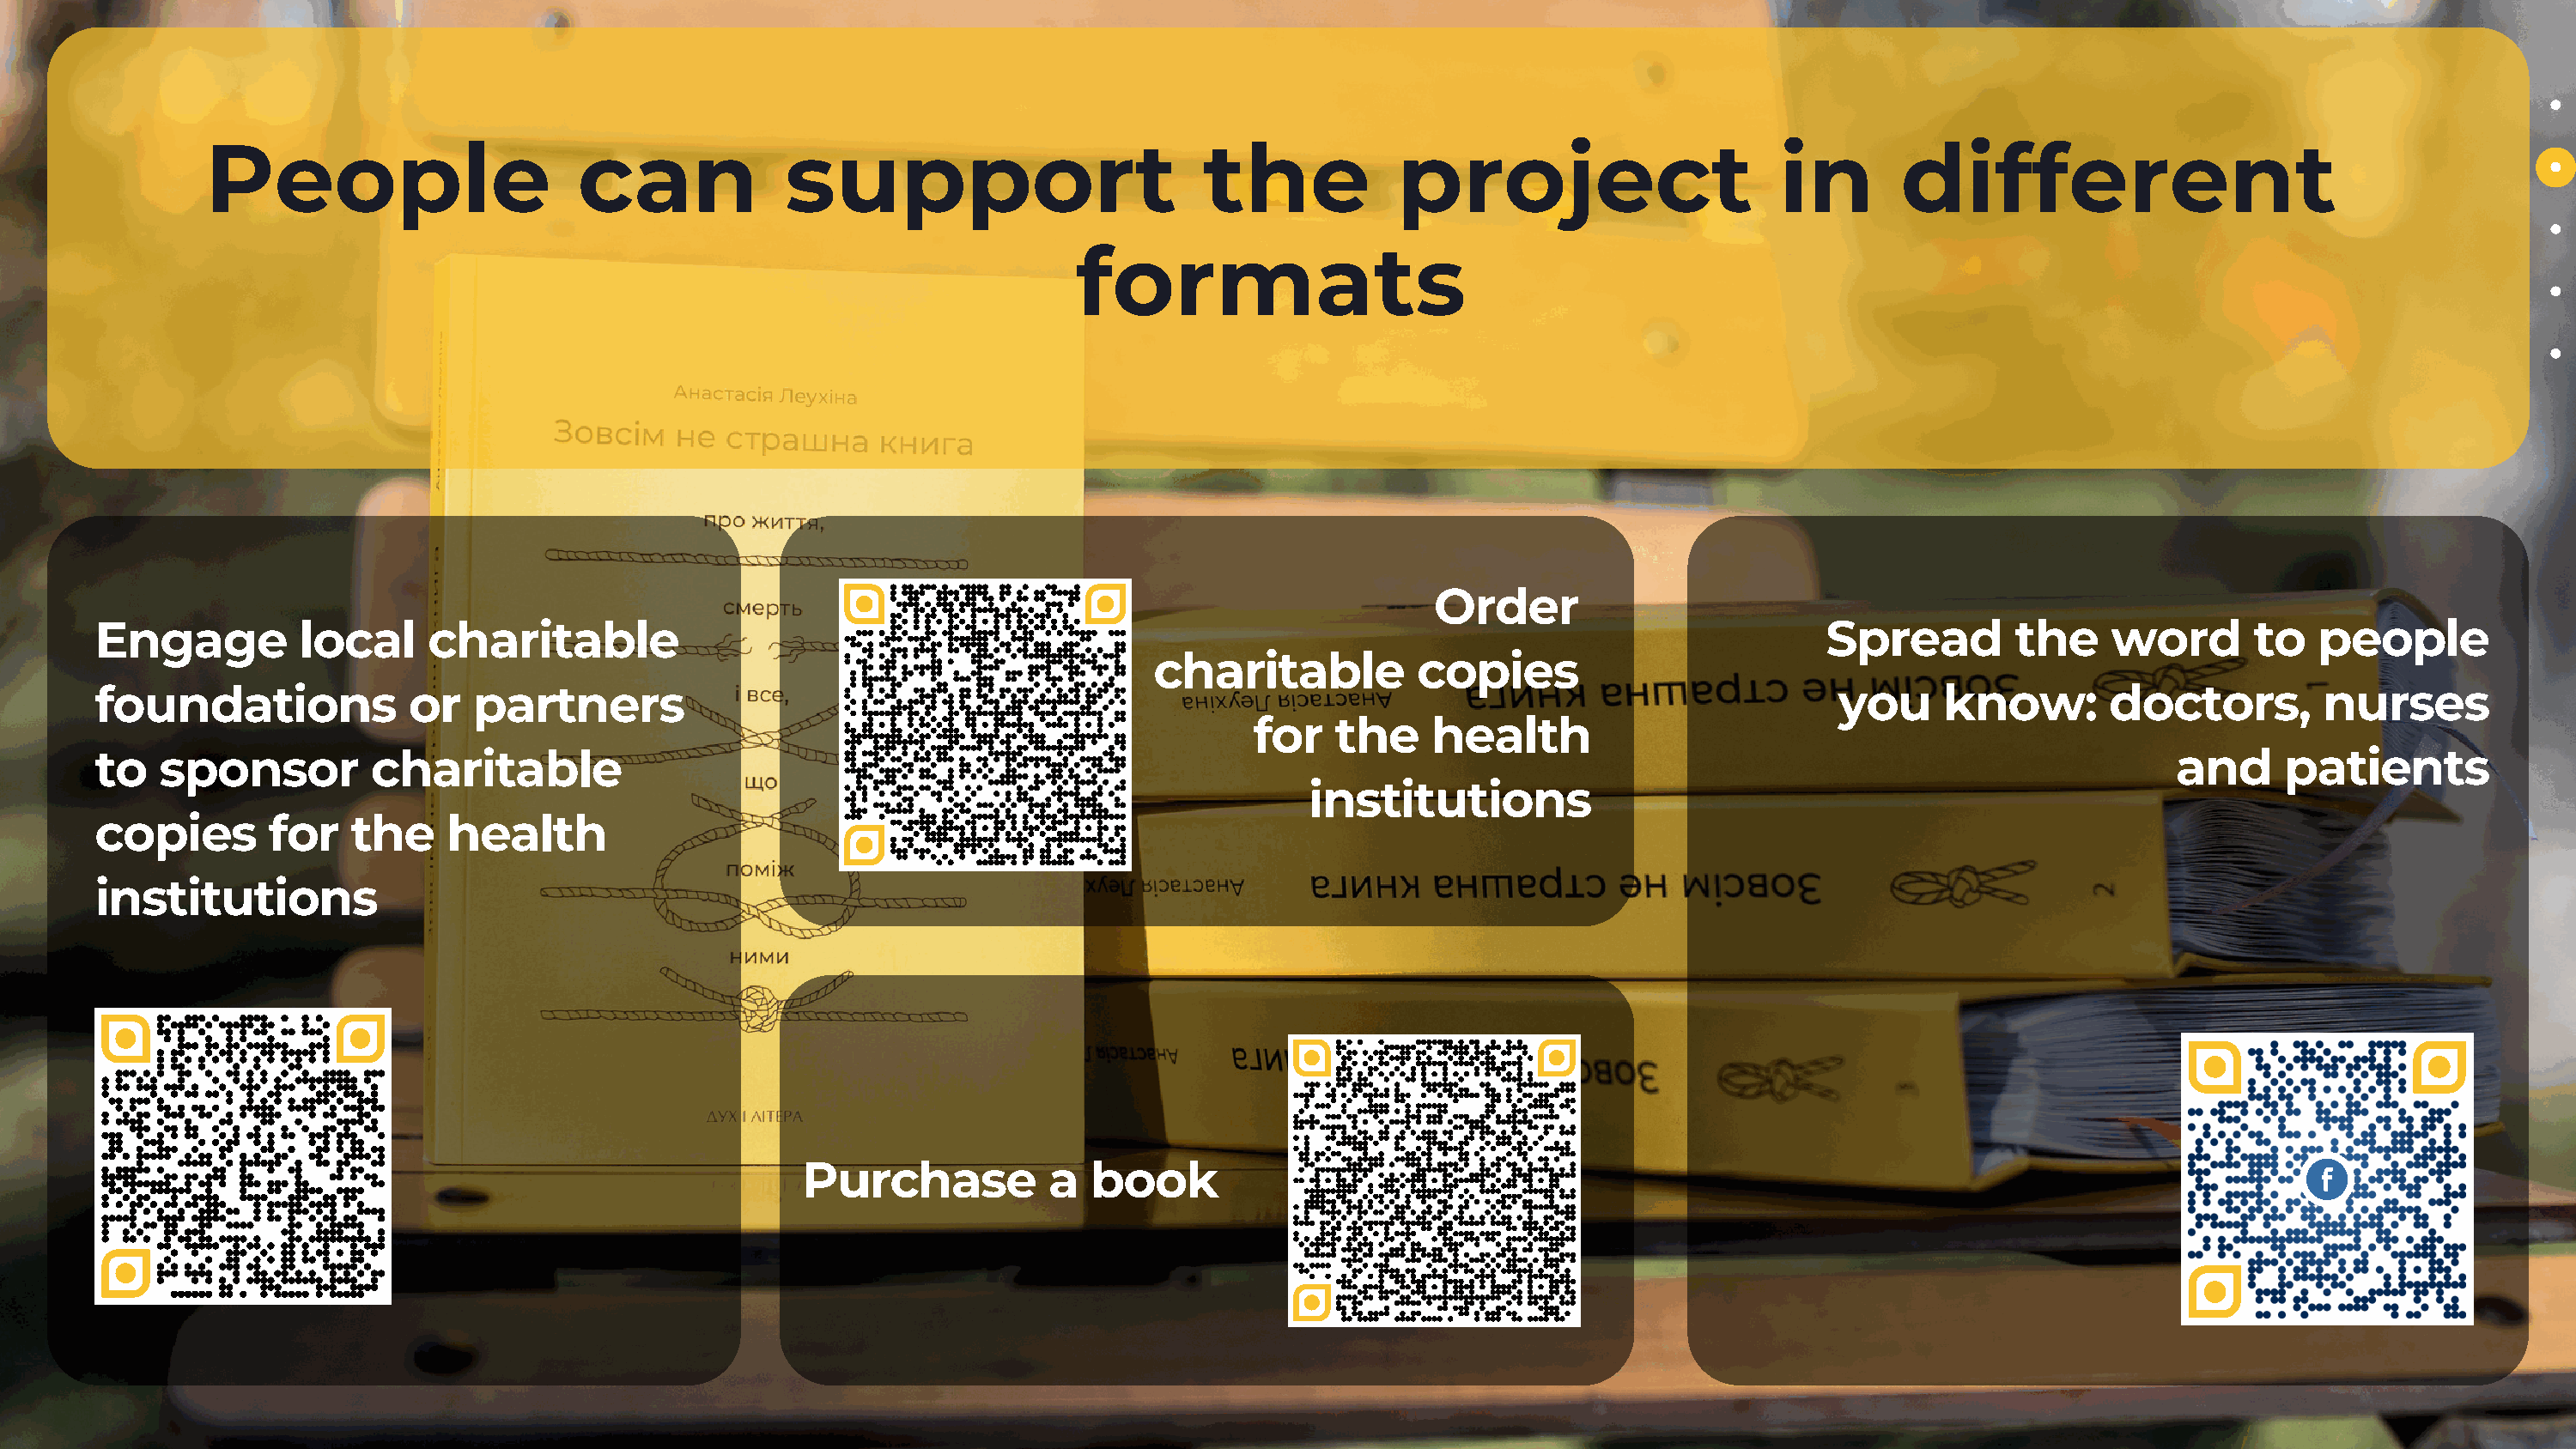
People                       can             support                         the            project                      in        different
 formats
 Order
 Engage          local     charitable                                                                                                  Spread        the     word       to   people
 charitable          copies
 foundations              or  partners                                                                                                  you     know:        doctors,        nurses
 for   the    health
 to   sponsor          charitable                                                                                                                                 and     patients
 institutions
 copies        for   the    health
 institutions
 Purchase           a  book